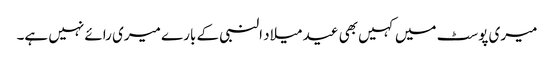
میری پوسٹ میں کہیں بھی عید میلاد النبی کے بارے میری رائے نہیں ہے۔